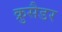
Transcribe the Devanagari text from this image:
क्रुसैडर